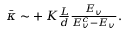
\begin{array} { r } { \bar { \kappa } \sim + \, K \frac { L } { d } \frac { E _ { v } } { E _ { v } ^ { c } - E _ { v } } . } \end{array}